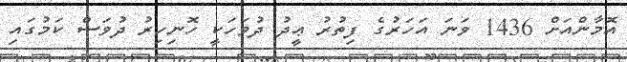
އޮމާންއަށް 1436 ވަނަ އަހަރުގެ ފިތުރު ޢީދު ދުވަހަކީ ހޮނިހިރު ދުވަސް ކަމުގައި